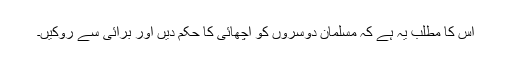
اس کا مطلب یہ ہے کہ مسلمان دوسروں کو اچھائی کا حکم دیں اور برائی سے روکیں۔